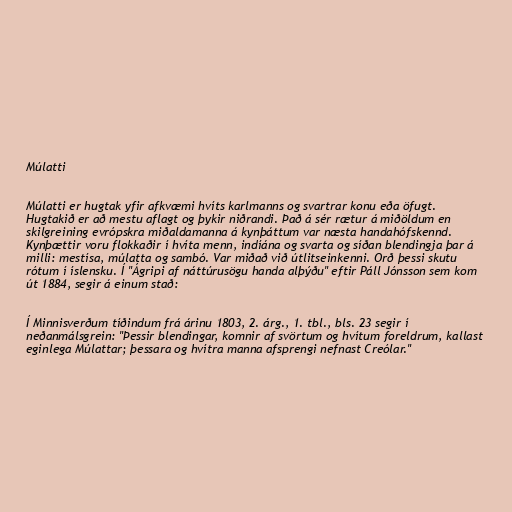
Múlatti

Múlatti er hugtak yfir afkvæmi hvíts karlmanns og svartrar konu eða öfugt.
Hugtakið er að mestu aflagt og þykir niðrandi. Það á sér rætur á miðöldum en
skilgreining evrópskra miðaldamanna á kynþáttum var næsta handahófskennd.
Kynþættir voru flokkaðir í hvíta menn, indíána og svarta og síðan blendingja þar á
milli: mestísa, múlatta og sambó. Var miðað við útlitseinkenni. Orð þessi skutu
rótum í íslensku. Í "Ágripi af náttúrusögu handa alþýðu" eftir Páll Jónsson sem kom
út 1884, segir á einum stað:

Í Minnisverðum tíðindum frá árinu 1803, 2. árg., 1. tbl., bls. 23 segir í
neðanmálsgrein: "Þessir blendingar, komnir af svörtum og hvítum foreldrum, kallast
eginlega Múlattar; þessara og hvítra manna afsprengi nefnast Creólar."